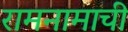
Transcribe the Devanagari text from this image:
रामनामाची